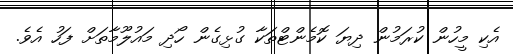
އެކި މީހުން ކުރަމުން ދިޔަ ކޮމެންޓްތަކާ ގުޅިގެން ހޯދި މައުލޫމާތަށް ފަހު އެވެ.